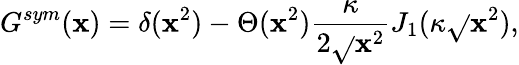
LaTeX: G^{sym}(\mathbf{x})=\delta(\mathbf{x}^{2})-\Theta(\mathbf{x}^{2})\frac{{\kappa}}{{2\sqrt{}{{\mathbf{x}^{2}}}}}J_{1}(\kappa\sqrt{}{{\mathbf{x}^{2}}}),